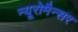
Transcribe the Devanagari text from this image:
न्यूरोमैन्सर